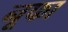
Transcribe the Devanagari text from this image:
नूफा